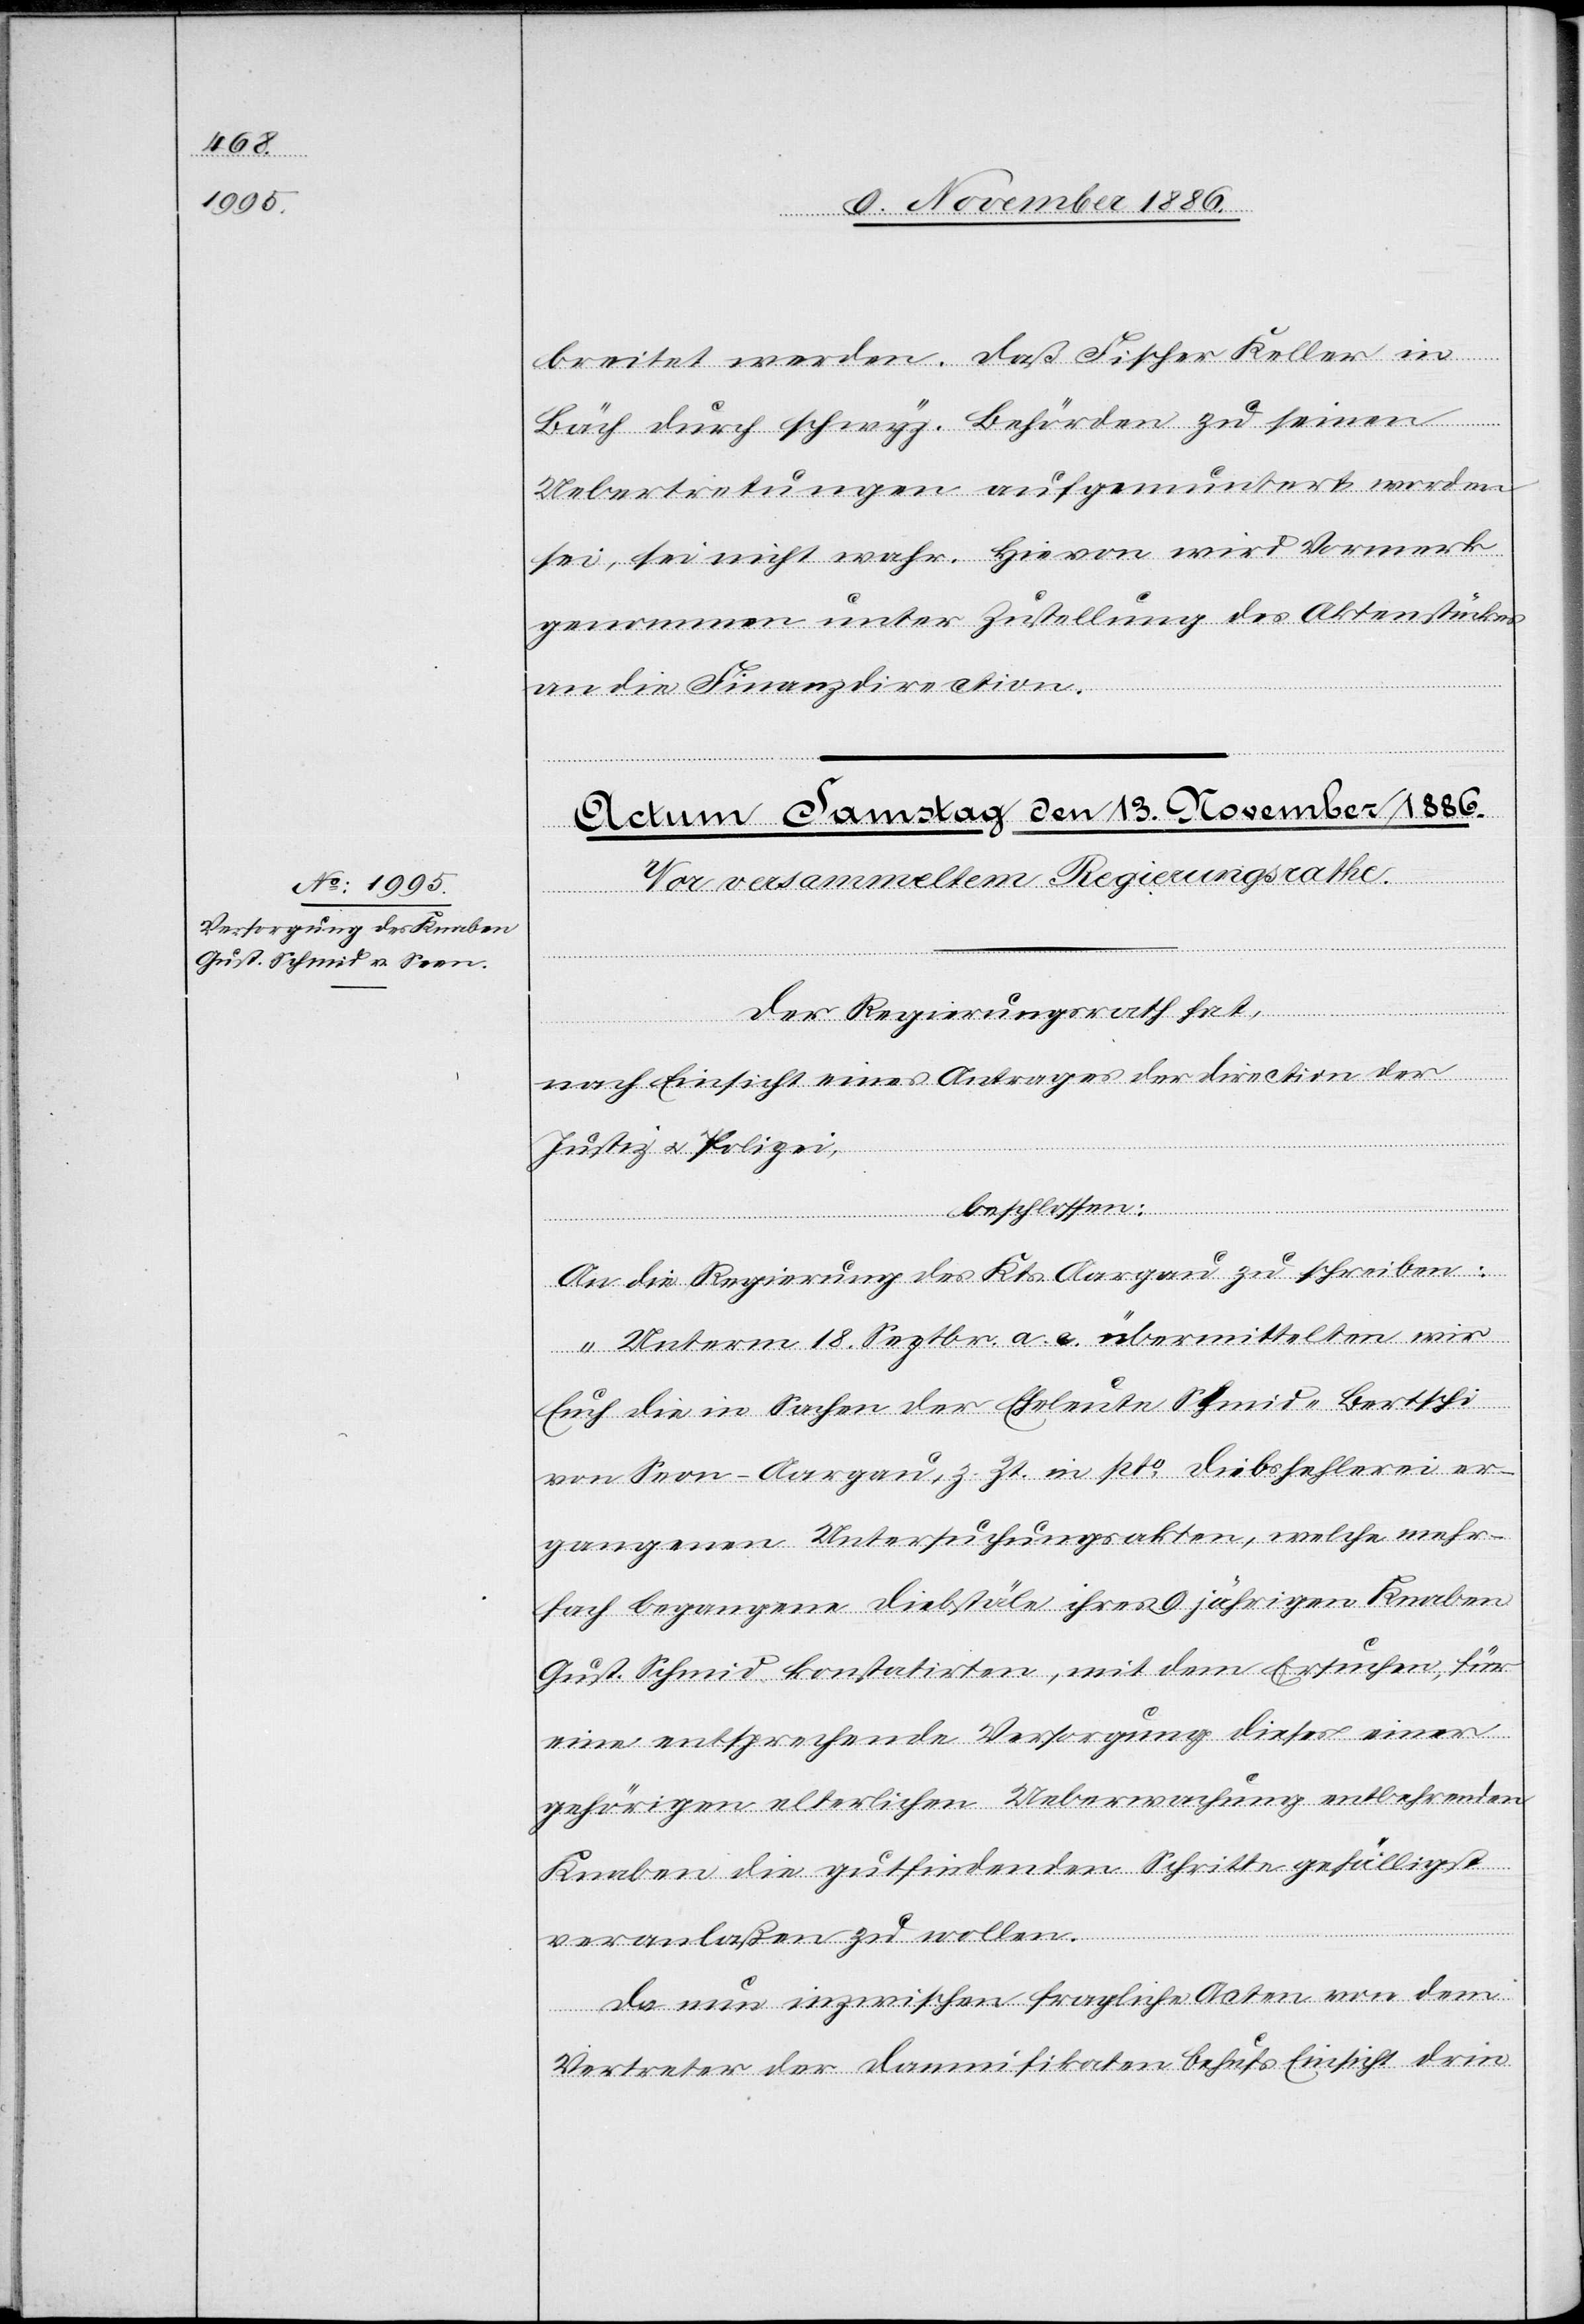
breitet werden. Daß Fischer Keller in
Bäch durch schwyz. Behörden zu seinen
Uebertretungen aufgemuntert worden
sei, sei nicht wahr. Hievon wird Vormerk
genommen unter Zustellung des Aktenstückes
an die Finanzdirection.
Der Regierungsrath hat,
nach Einsicht eines Antrages der Direction der
Justiz & Polizei,
beschlossen:
An die Regierung des Kts. Aargau zu schreiben:
„Unterm 18. Septbr. a. c. übermittelten wir
Euch die in Sachen der Eheleute Schmid-Bertschi
von Seon - Aargau, z. Zt. in pto Diebshehlerei er¬
gangenen Untersuchungsakten, welche mehr¬
fach begangene Diebstäle ihres 9jährigen Knaben
Gust. Schmid konstatirten, mit dem Ersuchen, für
eine entsprechende Versorgung dieses einer
gehörigen elterlichen Ueberwachung entbehrenden
Knaben die gutfindenden Schritte gefälligst
veranlaßen zu wollen.
Da nun inzwischen fragliche Acten von dem
Vertreter der Damnifikaten behufs Einsicht drin-